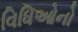
વિધિઓનો